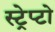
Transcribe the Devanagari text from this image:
स्ट्रेप्टो